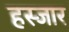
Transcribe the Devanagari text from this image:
हस्जार